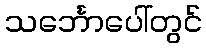
သင်္ဘောပေါ်တွင်